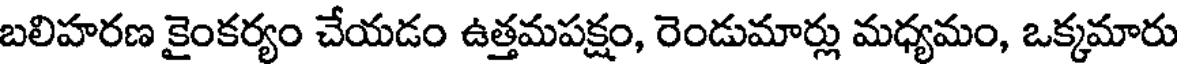
బలిహరణ కైంకర్యం చేయడం ఉత్తమపక్షం, రెండుమార్లు మధ్యమం, ఒక్కమారు